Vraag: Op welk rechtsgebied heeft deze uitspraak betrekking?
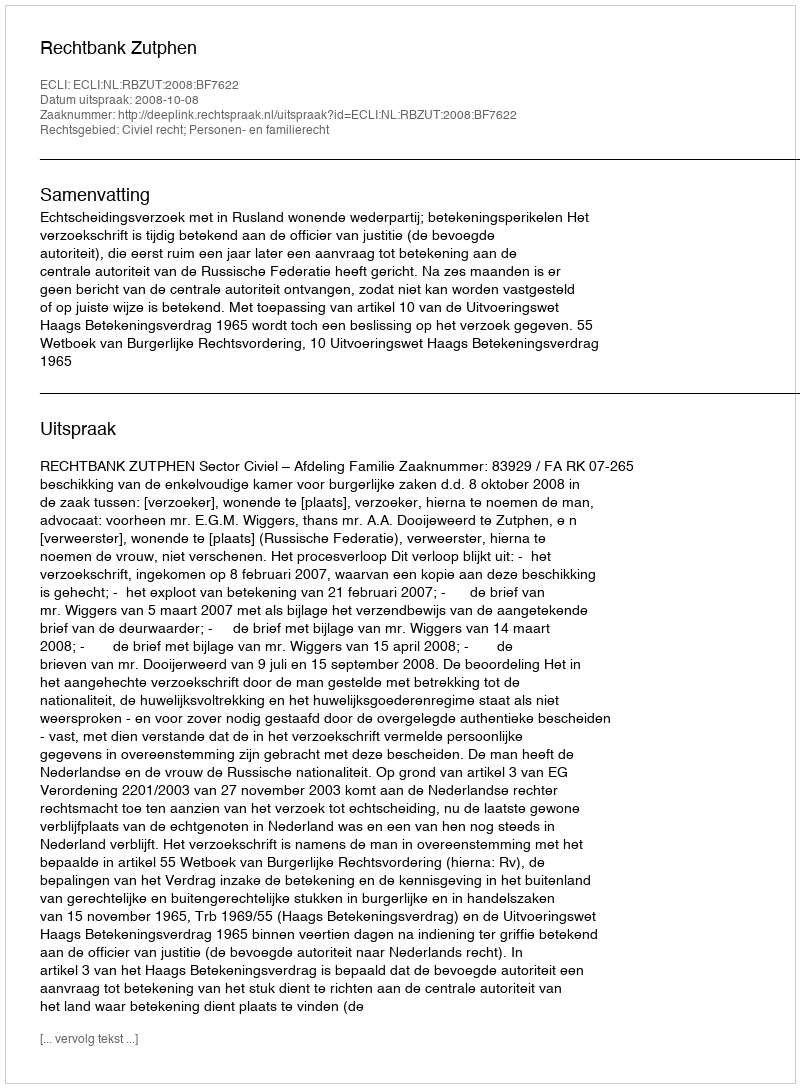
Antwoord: Civiel recht; Personen- en familierecht